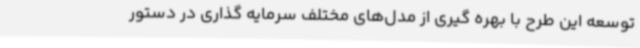
توسعه این طرح با بهره گیری از مدل‌های مختلف سرمایه گذاری در دستور